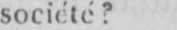
société?